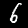
Label: 6